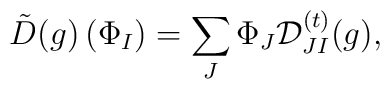
{\tilde D}(g) \left(\Phi_I \right) = \sum_{J}\Phi_J {\cal D}^{(t)}_{JI}(g),